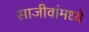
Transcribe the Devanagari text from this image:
साजीवांमध्ये